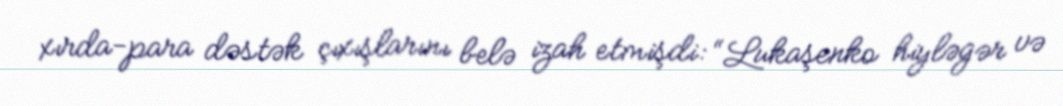
xırda-para dəstək çıxışlarını belə izah etmişdi: “Lukaşenko hiyləgər və